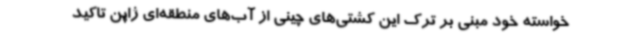
خواسته خود مبنی بر ترک این کشتی‌های چینی از آب‌های منطقه‌ای ژاپن تاکید